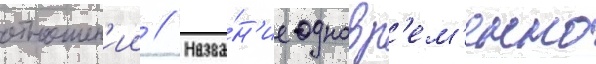
отношен'ии // Назва́н'ие одновр'ем'енно